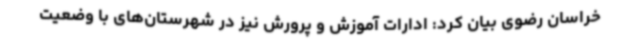
خراسان رضوی بیان کرد: ادارات آموزش و پرورش نیز در شهرستان‌های با وضعیت